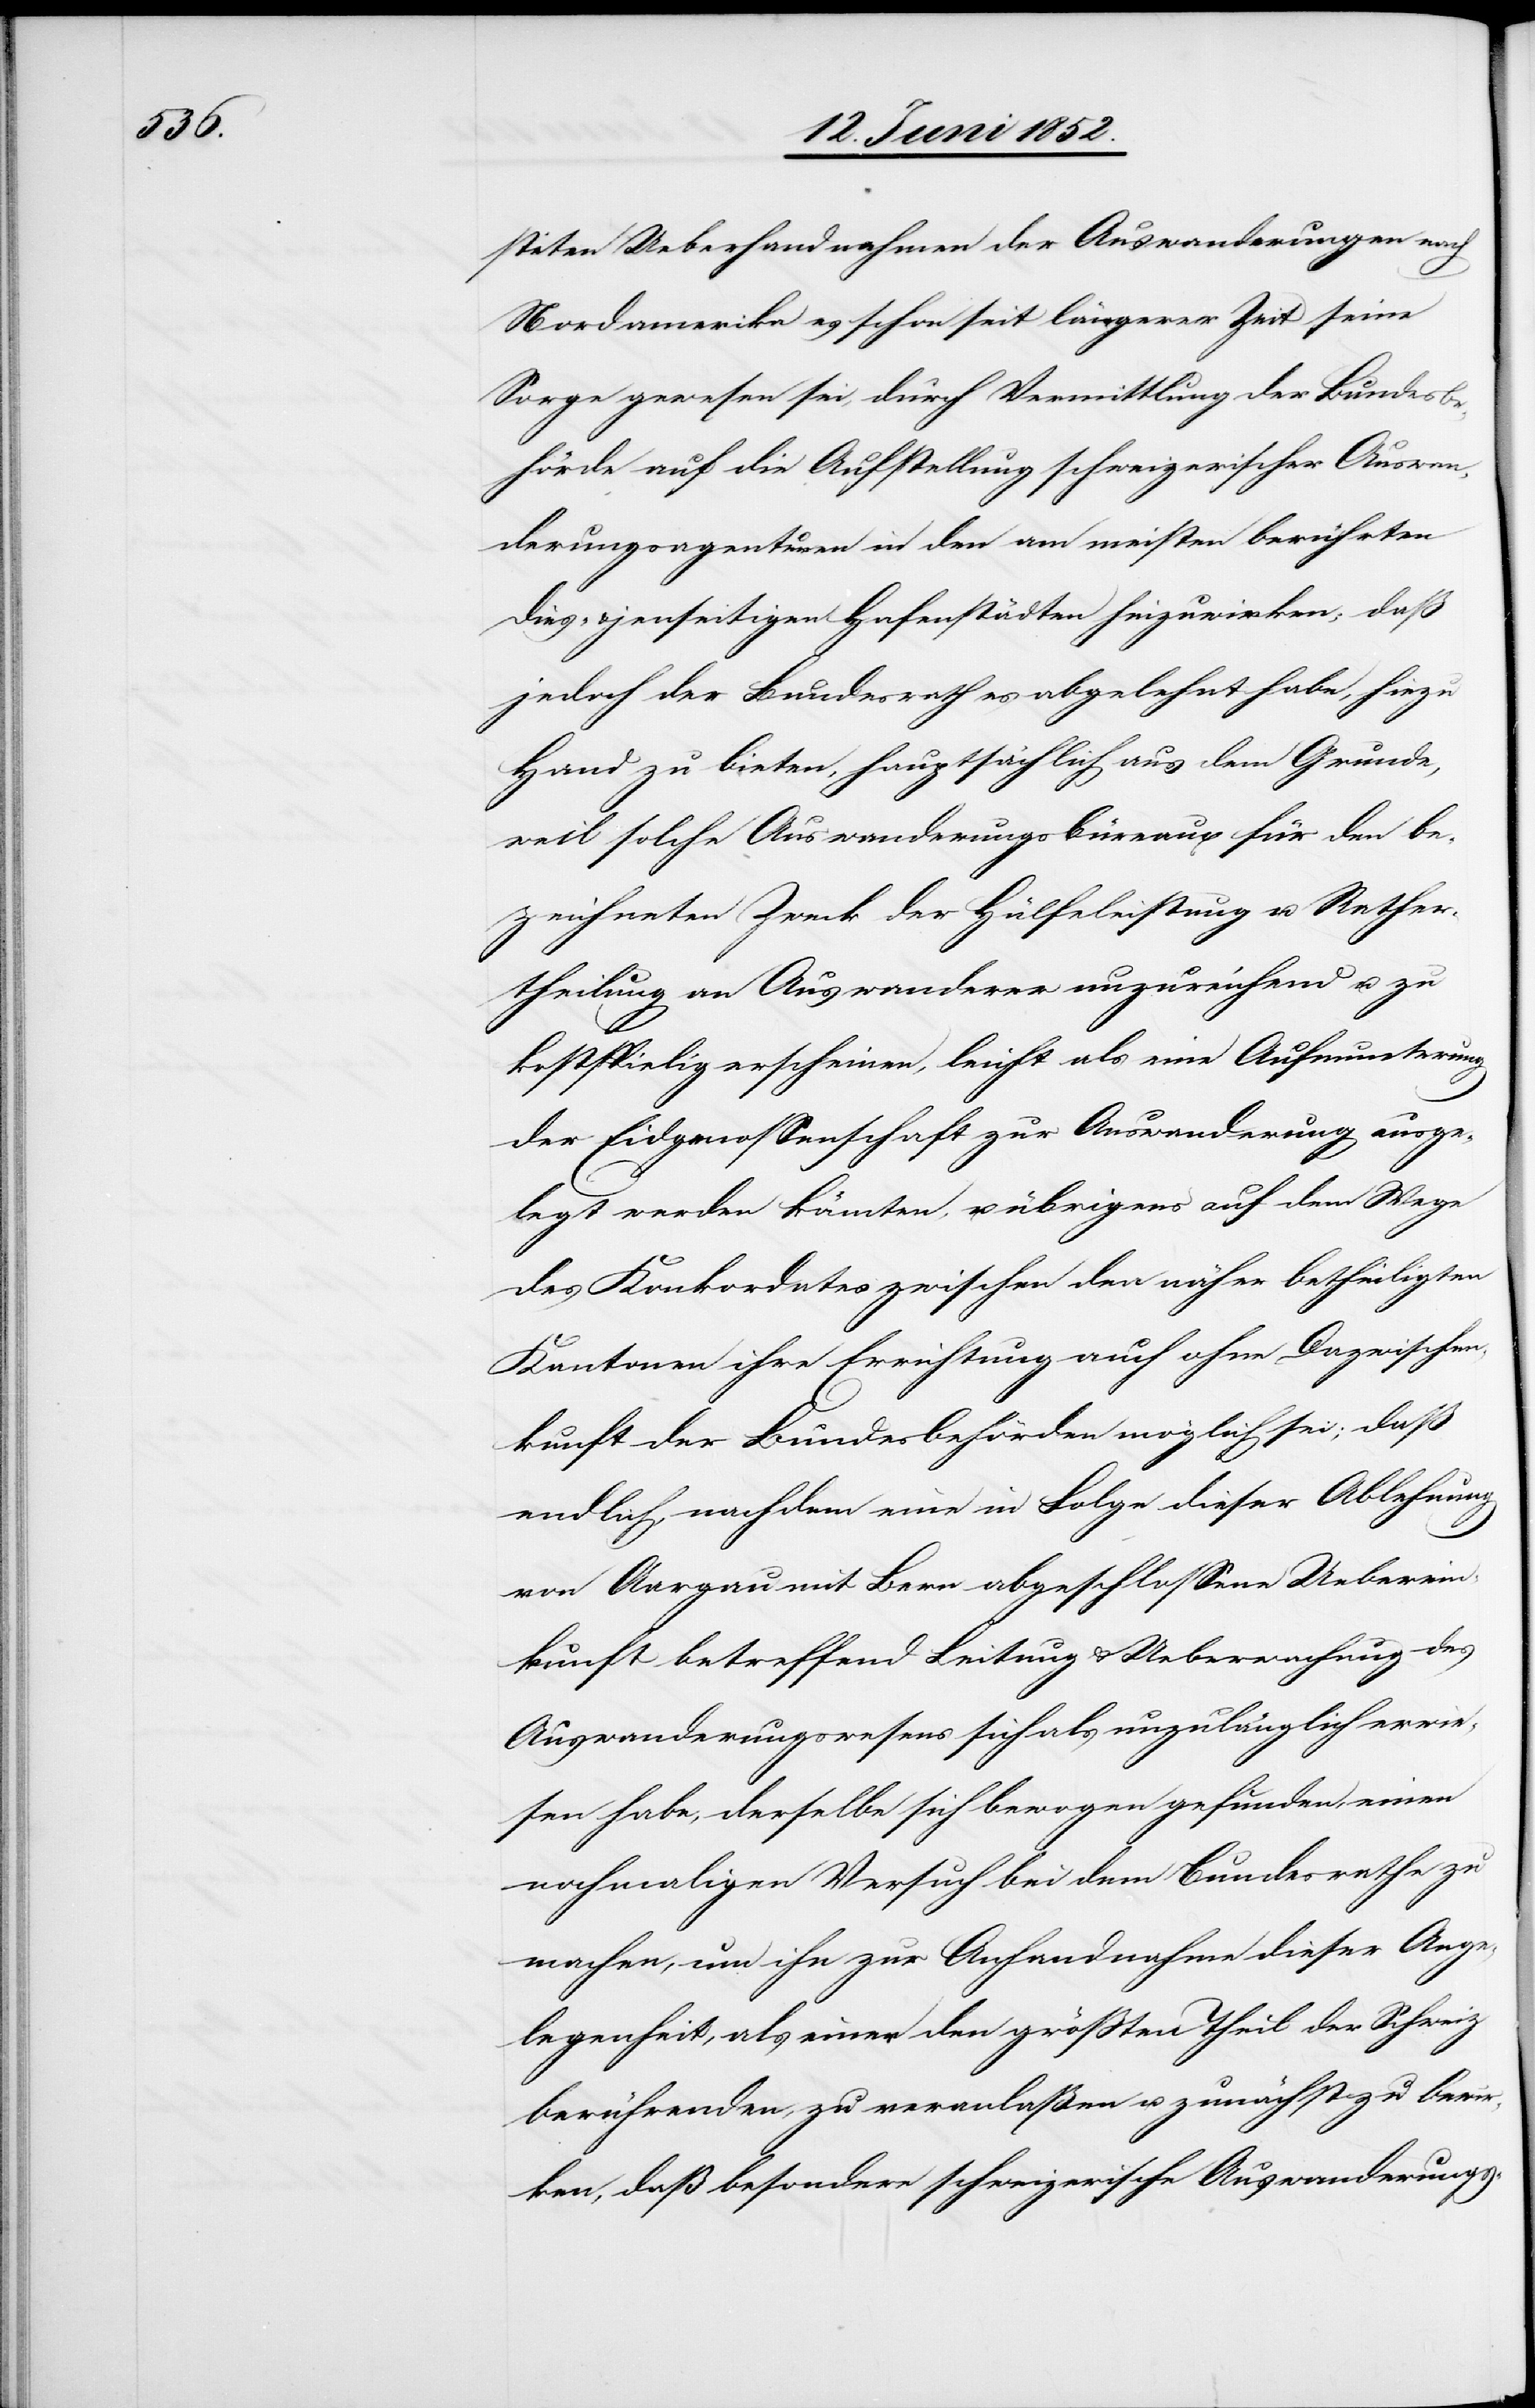
steten Ueberhandnehmen der Auswanderungen nach
Nordamerika es schon seit längerer Zeit seine
Sorge gewesen sei, durch Vermittlung der Bundesbe¬
hörde auf die Aufstellung schweizerischer Auswan¬
derungsagenturen in den am meisten berührten
dies- & jenseitigen Hafenstädten hinzuwirken; daß
jedoch der Bundesrath es abgelehnt habe, hiezu
Hand zu bieten, hauptsächlich aus dem Grunde,
weil solche Auswanderungsbüreaux für den be¬
zeichneten Zweck der Hülfeleistung u. Rather¬
theilung an Auswanderer unzureichend u. zu
kostspielig erscheinen, leicht als eine Aufmunterung
der Eidgenossenschaft zur Auswanderung ausge¬
legt werden könnten, u. übrigens auf dem Wege
des Konkordates zwischen den näher betheiligten
Kantonen ihre Errichtung auch ohne Dazwischen¬
kunft der Bundesbehörden möglich sei; daß
endlich, nachdem eine in Folge dieser Ablehnung
von Aargau mit Bern abgeschlossene Ueberein¬
kunft betreffend Leitung & Ueberwachung des
Auswanderungswesens sich als unzulänglich erwie¬
sen habe, derselbe sich bewogen gefunden, einen
nochmaligen Versuch bei dem Bundesrathe zu
machen, um ihn zur Anhandnahme dieser Ange¬
legenheit, als einer den grössten Theil der Schweiz
berührenden, zu veranlaßen u. zunächst zu bewir¬
ken, das besondere schweizerische Auswanderungs-